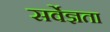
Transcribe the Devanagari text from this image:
सर्वेज्ञता